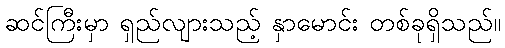
ဆင်ကြီးမှာ ရှည်လျားသည့် နှာမောင်း တစ်ခုရှိသည်။